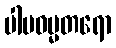
ပါပဓမ္မတရော